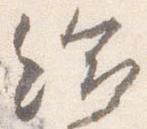
給